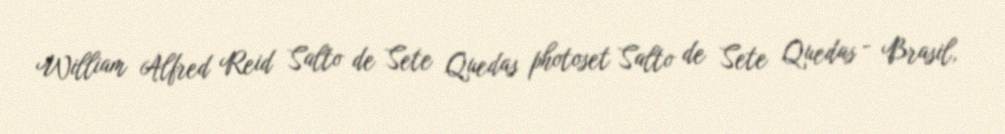
William Alfred Reid Salto de Sete Quedas photoset Salto de Sete Quedas - Brasil,